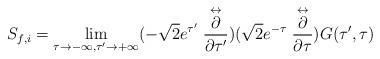
LaTeX: \begin{align*}S_{f,i}= \lim_{\tau \rightarrow -\infty,\tau' \rightarrow +\infty} (-\sqrt{2} e^{\tau'}\stackrel{\leftrightarrow}{\frac{\partial}{\partial\tau'}})(\sqrt{2}e^{-\tau} \stackrel{\leftrightarrow}{\frac{\partial}{\partial\tau}})G(\tau',\tau)\end{align*}